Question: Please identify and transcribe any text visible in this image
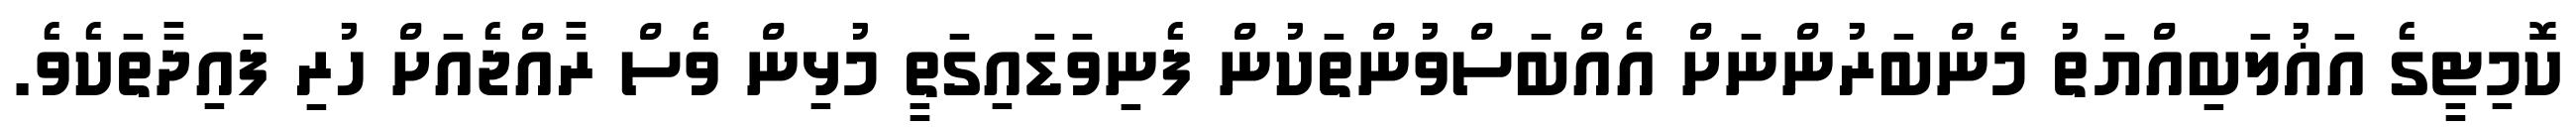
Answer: ކޮމިޓީގެ އަޣުލަބިއްޔަތު މެންބަރުންނަށް އެއްބަސްވުންތަކުން ފެނިވަޑައިގަތީ މުޅިން ވެސް ރާއްޖެއަށް ހުރި ފައިދާތަކެވެ.